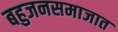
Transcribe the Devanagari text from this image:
बहुजनसमाजात